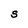
Character: S